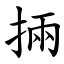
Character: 掚